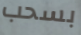
بسحب